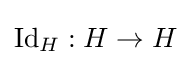
\operatorname {Id} _{H}:H\to H